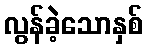
လွန်ခဲ့သောနှစ်